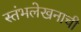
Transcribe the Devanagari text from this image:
स्तंभलेखनाची